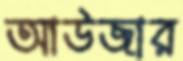
আউজার